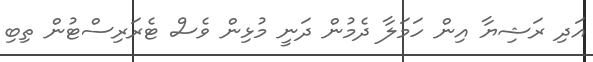
އަދި ރަޝިޔާ އިން ހަމަލާ ދެމުން ދަނީ މުޅިން ވެސް ޓެރަރިސްޓުން ތިބި